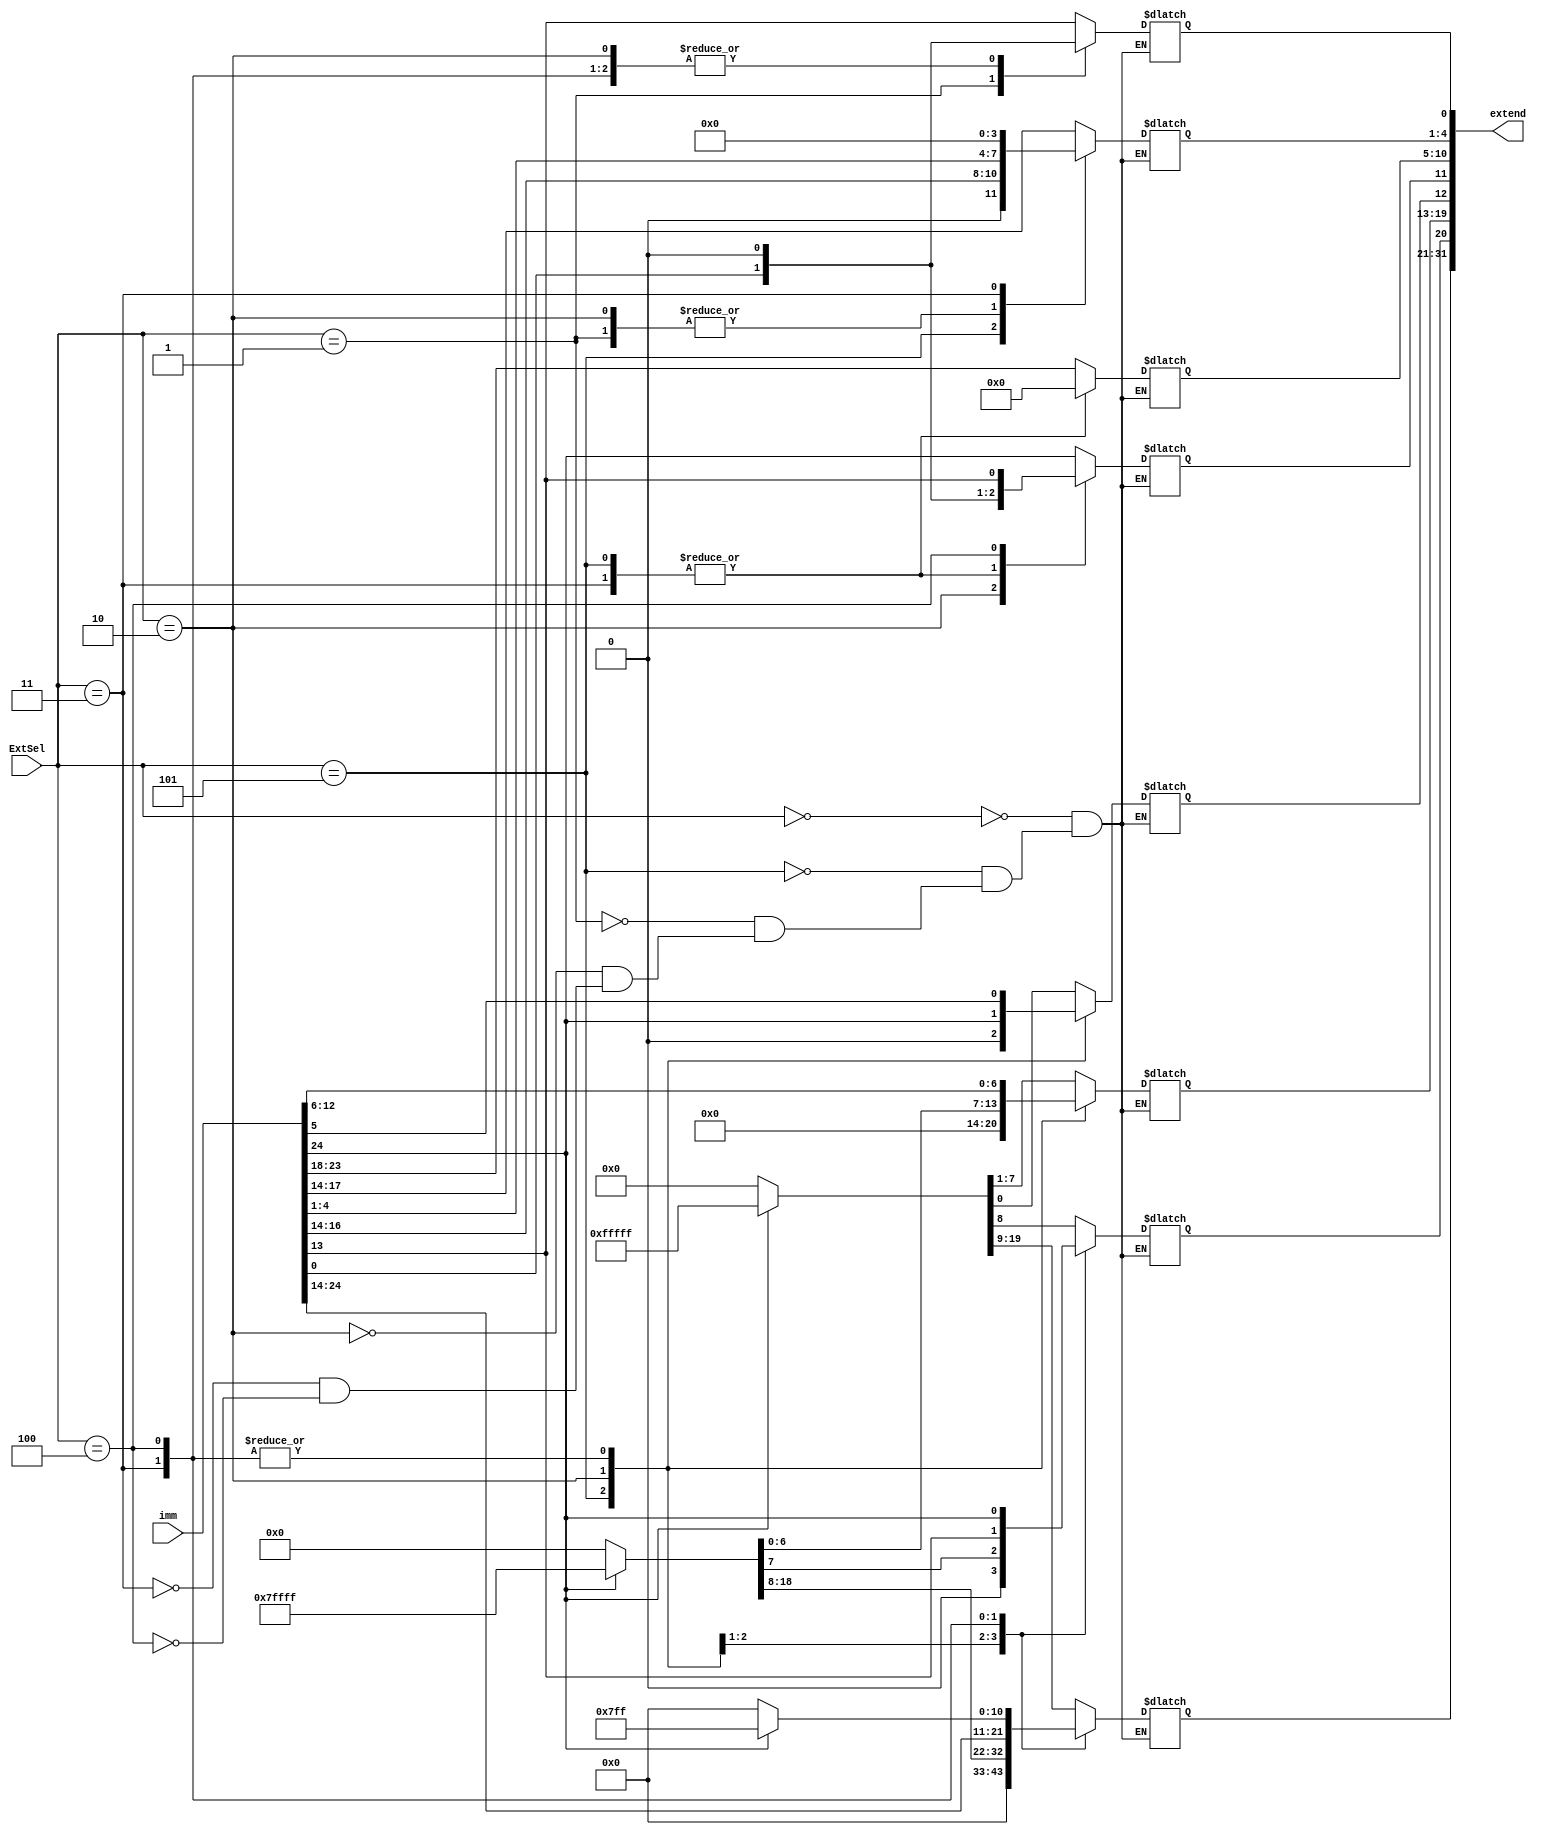

module Extend(
        input [24:0] imm,            
        input [2:0] ExtSel,  
        output reg [31:0] extend 
    );

always@(imm or ExtSel)
    begin
        case (ExtSel)
            3'b000://I direct break extension
            begin
                extend[11:0] = imm[24:13];
                extend[31:12] = (imm[24] ? 20'hfffff : 20'h00000);
            end
            3'b101: //I 
            begin
                extend[4:0] = imm[16:13];
                extend[31:5] = 27'b000000000000000000000000000;
            end
            3'b001: //S
            begin
                extend[4:0] = imm[4:0];
                extend[11:5] = imm[24:18];
                extend[31:12] = (imm[24] ? 20'hfffff : 20'h00000);
            end
            3'b010: //SB
            begin
                extend[0] = 0;
                extend[11] = imm[0];
                extend[4:1] = imm[4:1];
                extend[10:5] = imm[23:18];
                extend[12] = imm[24];
                extend[31:13] = (imm[24] ? 19'b1111111111111111111 : 19'b0000000000000000000);
            end
            3'b011:  //U
            begin
                extend[11:0] = 12'h000;
                extend[31:12] = imm[24:5];
            end
            3'b100:  //UJ
            begin
                extend[0] = 0;
                extend[19:12] = imm[12:5];
                extend[11] = imm[13];
                extend[10:1] = imm[23:14];
                extend[20] = imm[24];
                extend[31:21] = (imm[24] ? 11'b11111111111 : 11'b00000000000);
            end
        endcase
end
endmodule